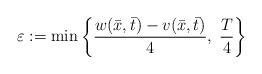
LaTeX: \begin{align*} \varepsilon :=\min \left\{ \frac{ w(\bar x,\bar t)-v(\bar x,\bar t)}{4},\; \frac{T}{4}\right\}\end{align*}